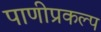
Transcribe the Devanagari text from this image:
पाणीप्रकल्प